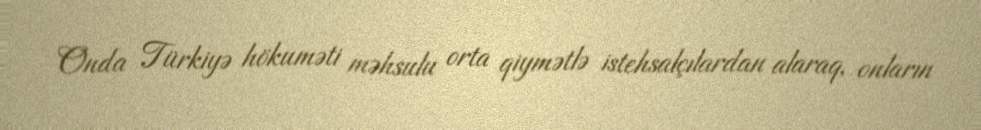
Onda Türkiyə hökuməti məhsulu orta qiymətlə istehsalçılardan alaraq, onların